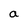
Character: a